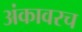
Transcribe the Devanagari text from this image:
अंकावरच